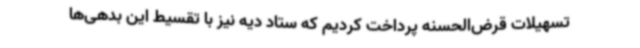
تسهیلات قرض‌الحسنه پرداخت کردیم که ستاد دیه نیز با تقسیط این بدهی‌ها